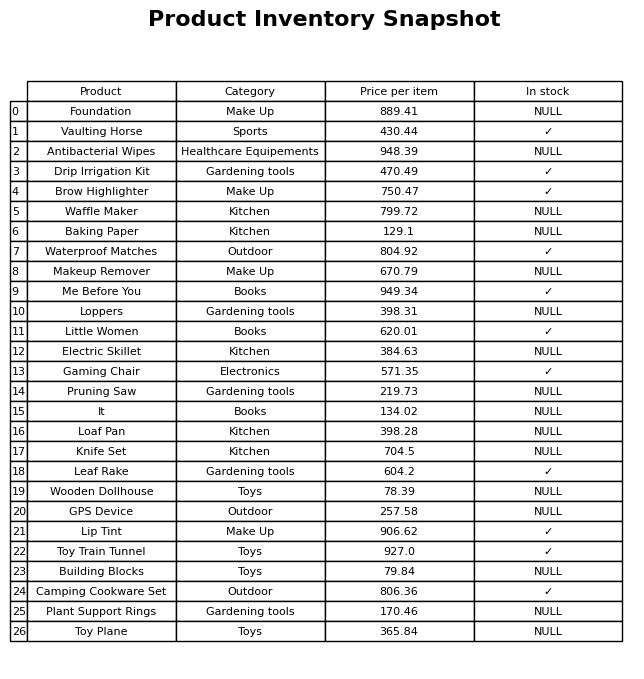
question: What is the price of the Gaming Chair?
answer: The price of Gaming Chair is 571.35.